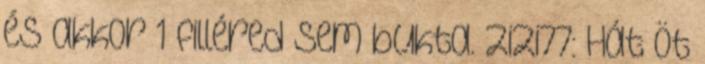
és akkor 1 filléred sem bukta. zizi77: Hát öt